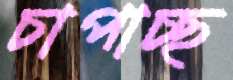
চাপাচ্ছ